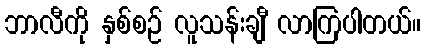
ဘာလီကို နှစ်စဉ် လူသန်းချီ လာကြပါတယ်။